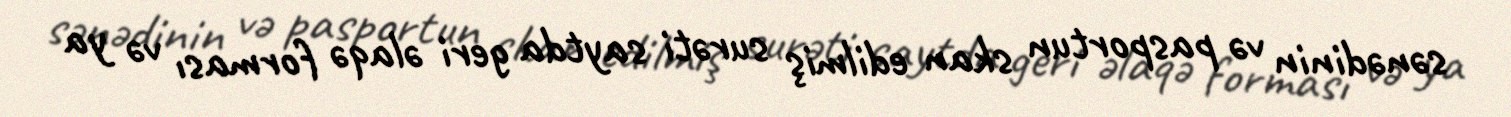
sənədinin və pasportun skan edilmiş surəti saytda geri əlaqə forması və ya